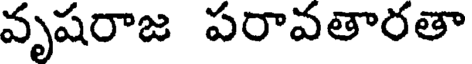
వృషరాజ పరావతారతా